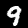
Label: 9